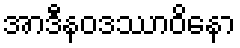
အာဒီနဝဒဿာဝိနော